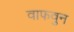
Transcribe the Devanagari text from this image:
वाफवुन